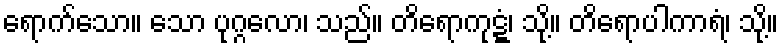
ရောက်သော။ သော ပုဂ္ဂလော၊ သည်။ တိရောကုဋ္ဋံ၊ သို့။ တိရောပါကာရံ၊ သို့။